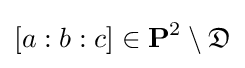
[a:b:c]\in {\textbf {P}}^{2}\setminus {\mathfrak {D}}